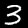
Label: 3